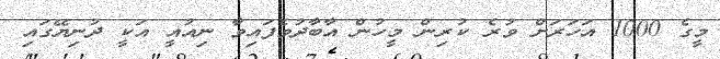
މީގެ 1000 އަހަރަށް ވުރެ ކުރިން މީހުން އާބާދުވެފައިވާ ނިއުއީ އަކީ ދުނިޔޭގައި